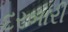
દરબારી